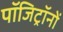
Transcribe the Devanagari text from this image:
पॉजिट्रॉनों